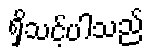
ရှိသင့်ပါသည်